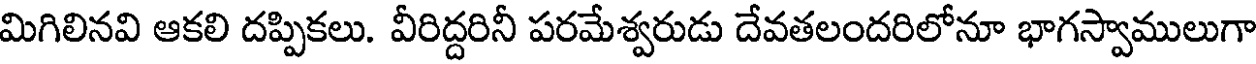
మిగిలినవి ఆకలి దప్పికలు. వీరిద్దరినీ పరమేశ్వరుడు దేవతలందరిలోనూ భాగస్వాములుగా